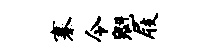
寨令魁屐